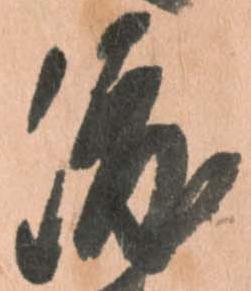
渡